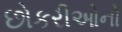
છોકરીઓનો